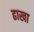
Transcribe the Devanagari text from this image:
ढाखा